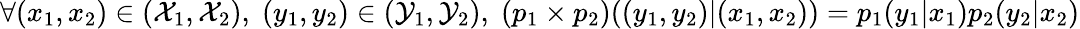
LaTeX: \forall(x_{1},x_{2})\in({\mathcal{X}}_{1},{\mathcal{X}}_{2}),\; (y_{1},y_{2})\in({\mathcal{Y}}_{1},{\mathcal{Y}}_{2}),\; (p_{1}\times p_{2})((y_{1},y_{2})|(x_{1},x_{2}))=p_{1}(y_{1}|x_{1})p_{2}(y_{2}|x_{2})